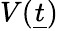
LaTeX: V({\underline{{t}}})